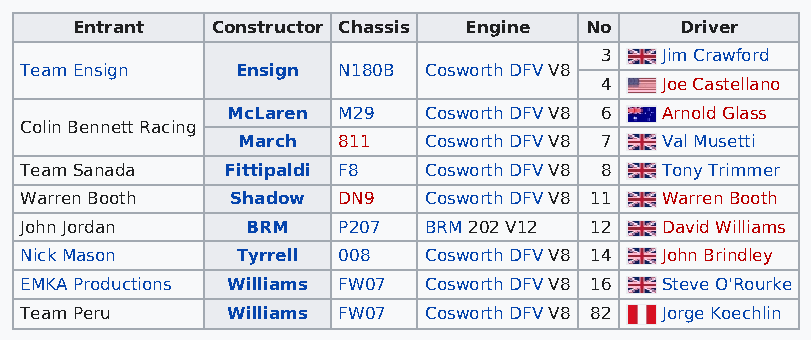
Entrant  Constructor Chassis Engine No  Driver
 3   Jim Crawford
 Team Ensign    Ensign N180B Cosworth DFV V8
 4   Joe Castellano
 McLaren M29  Cosworth DFV V8 6 Arnold Glass
 Colin Bennett Racing
 March 811   Cosworth DFV V8 7 Val Musetti
 Team Sanada   Fittipaldi F8 Cosworth DFV V8 8 Tony Trimmer
 Warren Booth  Shadow DN9   Cosworth DFV V8 11 Warren Booth
 John Jordan    BRM   P207  BRM 202 V12 12  David Williams
 Nick Mason     Tyrrell 008 Cosworth DFV V8 14 John Brindley
 EMKA Productions Williams FW07 Cosworth DFV V8 16 Steve O'Rourke
 Team Peru     Williams FW07 Cosworth DFV V8 82 Jorge Koechlin